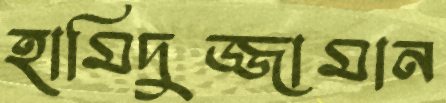
হামিদুজ্জামান